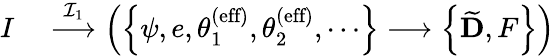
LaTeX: \begin{array}{rl}{I}&{{}\stackrel{{\mathcal{I}}_{1}}{\longrightarrow}\left(\left\{ \psi,e,\theta_{1}^{\textrm{(eff)}},\theta_{2}^{\textrm{(eff)}},\cdots\right\} \longrightarrow\left\{ \widetilde{\mathbf{D}},F\right\} \right)}\end{array}